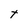
Character: t